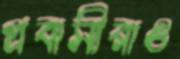
প্রবাসীরাও